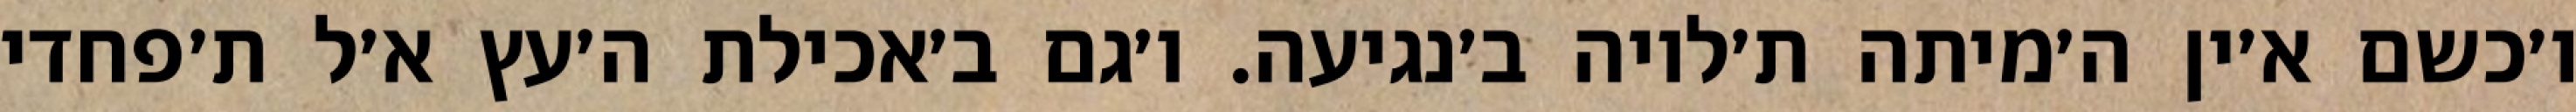
ו׳כשם א׳ין ה׳מיתה ת׳לויה ב׳נגיעה. ו׳גם ב׳אכילת ה׳עץ א׳ל ת׳פחדי